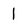
Character: l